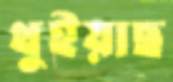
থুইয়াছ